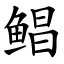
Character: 鲳